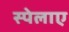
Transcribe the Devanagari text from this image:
स्पेलाए